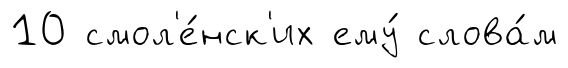
10 смол'е́нск'их ему́ слова́м